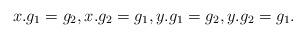
LaTeX: \begin{gather*}x.g_1=g_2,x.g_2=g_1,y.g_1=g_2,y.g_2=g_1.\end{gather*}